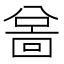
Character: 𫤲